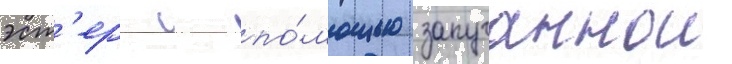
эст'ер с по́мощью запуганнои